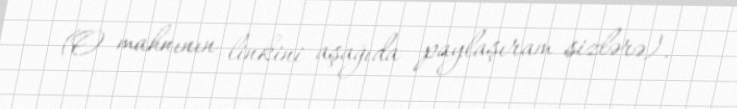
(O mahnının linkini aşağıda paylaşıram sizlərə).